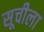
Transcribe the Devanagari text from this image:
सूचीला